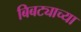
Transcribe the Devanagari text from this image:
बिबट्याच्या